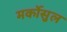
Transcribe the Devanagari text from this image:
मर्कोसुल